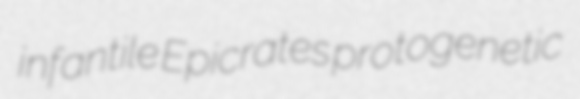
infantile Epicrates protogenetic